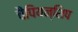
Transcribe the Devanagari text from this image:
चैंपियन्शिप